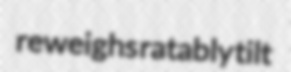
reweighs ratably tilt